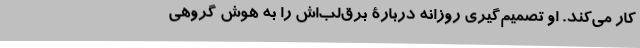
کار می‌کند. او تصمیم‌گیری روزانه دربارۀ برق‌لب‌اش را به هوش گروهی